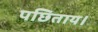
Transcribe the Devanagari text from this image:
पछिताय।